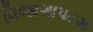
વિજાગાપટમ